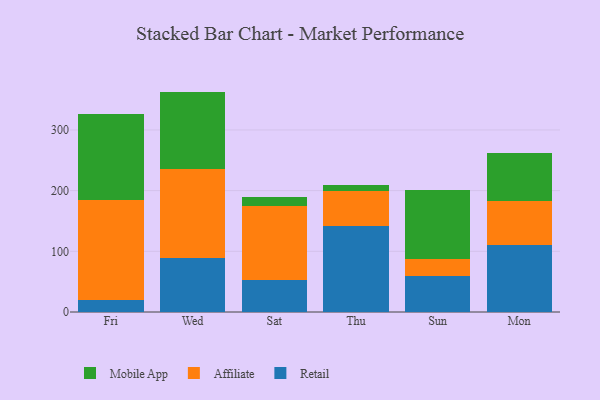
{"axis": {"x": "Day", "y": "Budget (USD K)"}, "legend": ["Affiliate", "Mobile App", "Retail"], "data": [{"x": "Fri", "y": 19.7, "type": "Retail"}, {"x": "Fri", "y": 164.2, "type": "Affiliate"}, {"x": "Fri", "y": 142.4, "type": "Mobile App"}, {"x": "Wed", "y": 89.7, "type": "Retail"}, {"x": "Wed", "y": 145.6, "type": "Affiliate"}, {"x": "Wed", "y": 127.9, "type": "Mobile App"}, {"x": "Sat", "y": 52.2, "type": "Retail"}, {"x": "Sat", "y": 122.8, "type": "Affiliate"}, {"x": "Sat", "y": 15.2, "type": "Mobile App"}, {"x": "Thu", "y": 142.5, "type": "Retail"}, {"x": "Thu", "y": 57.1, "type": "Affiliate"}, {"x": "Thu", "y": 10.2, "type": "Mobile App"}, {"x": "Sun", "y": 58.7, "type": "Retail"}, {"x": "Sun", "y": 29.0, "type": "Affiliate"}, {"x": "Sun", "y": 114.0, "type": "Mobile App"}, {"x": "Mon", "y": 109.8, "type": "Retail"}, {"x": "Mon", "y": 72.6, "type": "Affiliate"}, {"x": "Mon", "y": 79.5, "type": "Mobile App"}]}